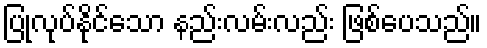
ပြုလုပ်နိုင်သော နည်းလမ်းလည်း ဖြစ်ပေသည်။